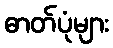
ဓာတ်ပုံများ